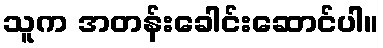
သူက အတန်းခေါင်းဆောင်ပါ။